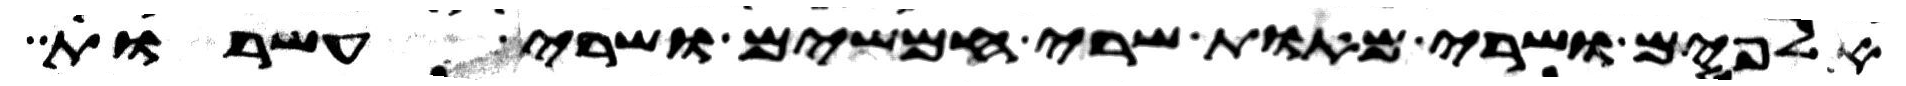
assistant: אלפים ושרי מאות שרי חמשים ושרי עשרות